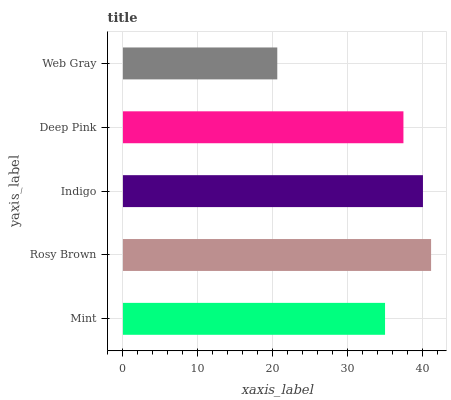
| yaxis_label | bars |
 | --- | --- |
 | Mint | 35 |
 | Rosy Brown | 41.2 |
 | Indigo | 40.1 |
 | Deep Pink | 37.5 |
 | Web Gray | 20.6 |